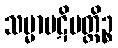
သမ္မာပဋိပတ္တိဉ္စ